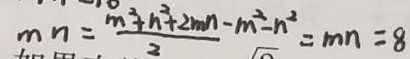
m n = \frac { m ^ { 2 } + n ^ { 2 } + 2 m n - m ^ { 2 } - n ^ { 2 } } { 2 } = m n = 8